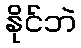
နိုင်ဘဲ